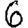
Digit: 6